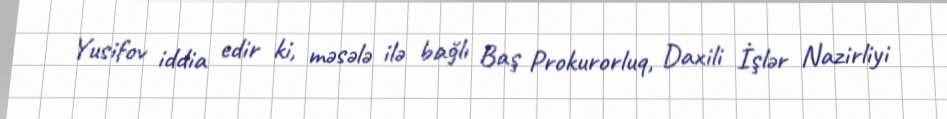
Yusifov iddia edir ki, məsələ ilə bağlı Baş Prokurorluq, Daxili İşlər Nazirliyi